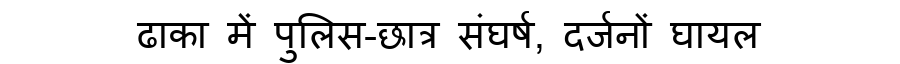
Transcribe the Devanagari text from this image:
ढाका में पुलिस-छात्र संघर्ष, दर्जनों घायल